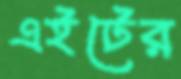
এইটের